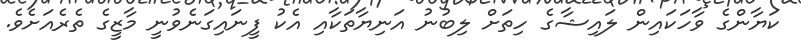
ކަޔާންގެ ވާހަކައިން ލައިޝާގެ ހިތަށް ލިބުނު އަނިޔާތަކާއި އެކު ފީނައިގަނެވުނީ މާޒީގެ ތެރެއަށެވެ.